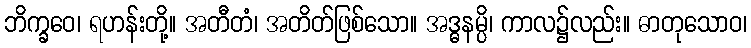
ဘိက္ခဝေ၊ ရဟန်းတို့။ အတီတံ၊ အတိတ်ဖြစ်သော။ အဒ္ဓနမ္ပိ၊ ကာလ၌လည်း။ ဓာတုသောဝ၊